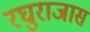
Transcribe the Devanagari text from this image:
रघुराजास